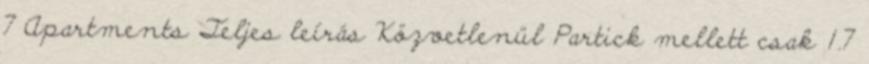
7 Apartments Teljes leírás Közvetlenül Partick mellett csak 1.7